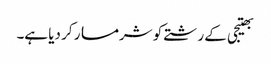
بھتیجی کے رشتے کو شرمسار کر دیا ہے۔